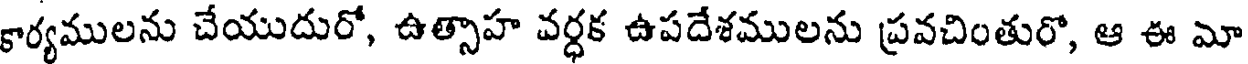
కార్యములను చేయుదురో, ఉత్సాహ వర్ధక ఉపదేశములను ప్రవచింతురో, ఆ ఈ మా